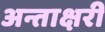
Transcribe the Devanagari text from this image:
अन्ताक्षरी